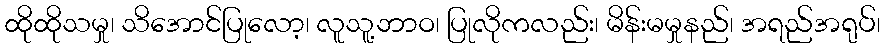
ထိုထိုသမှု၊ သိအောင်ပြုလော့၊ လူသူ့ဘာဝ၊ ပြုလိုကလည်း၊ မိန်းမမှုနည်၊ အရည်အရုပ်၊